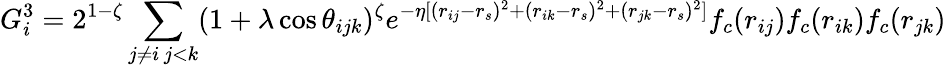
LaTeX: G_{i}^{3}=2^{1-\zeta}\sum_{\substack{j\neq i\, j<k}}(1+\lambda\cos\theta_{ijk})^{\zeta}e^{-\eta[(r_{ij}-r_{s})^{2}+(r_{ik}-r_{s})^{2}+(r_{jk}-r_{s})^{2}]}f_{c}(r_{ij})f_{c}(r_{ik})f_{c}(r_{jk})